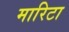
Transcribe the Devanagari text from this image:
मारिटा